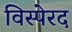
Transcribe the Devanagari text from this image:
विस्पेरद